Bréfritari: Lárus Bjarnason
Dagsetning: A-1875-10-12
Skrifað á: Vesturheimi

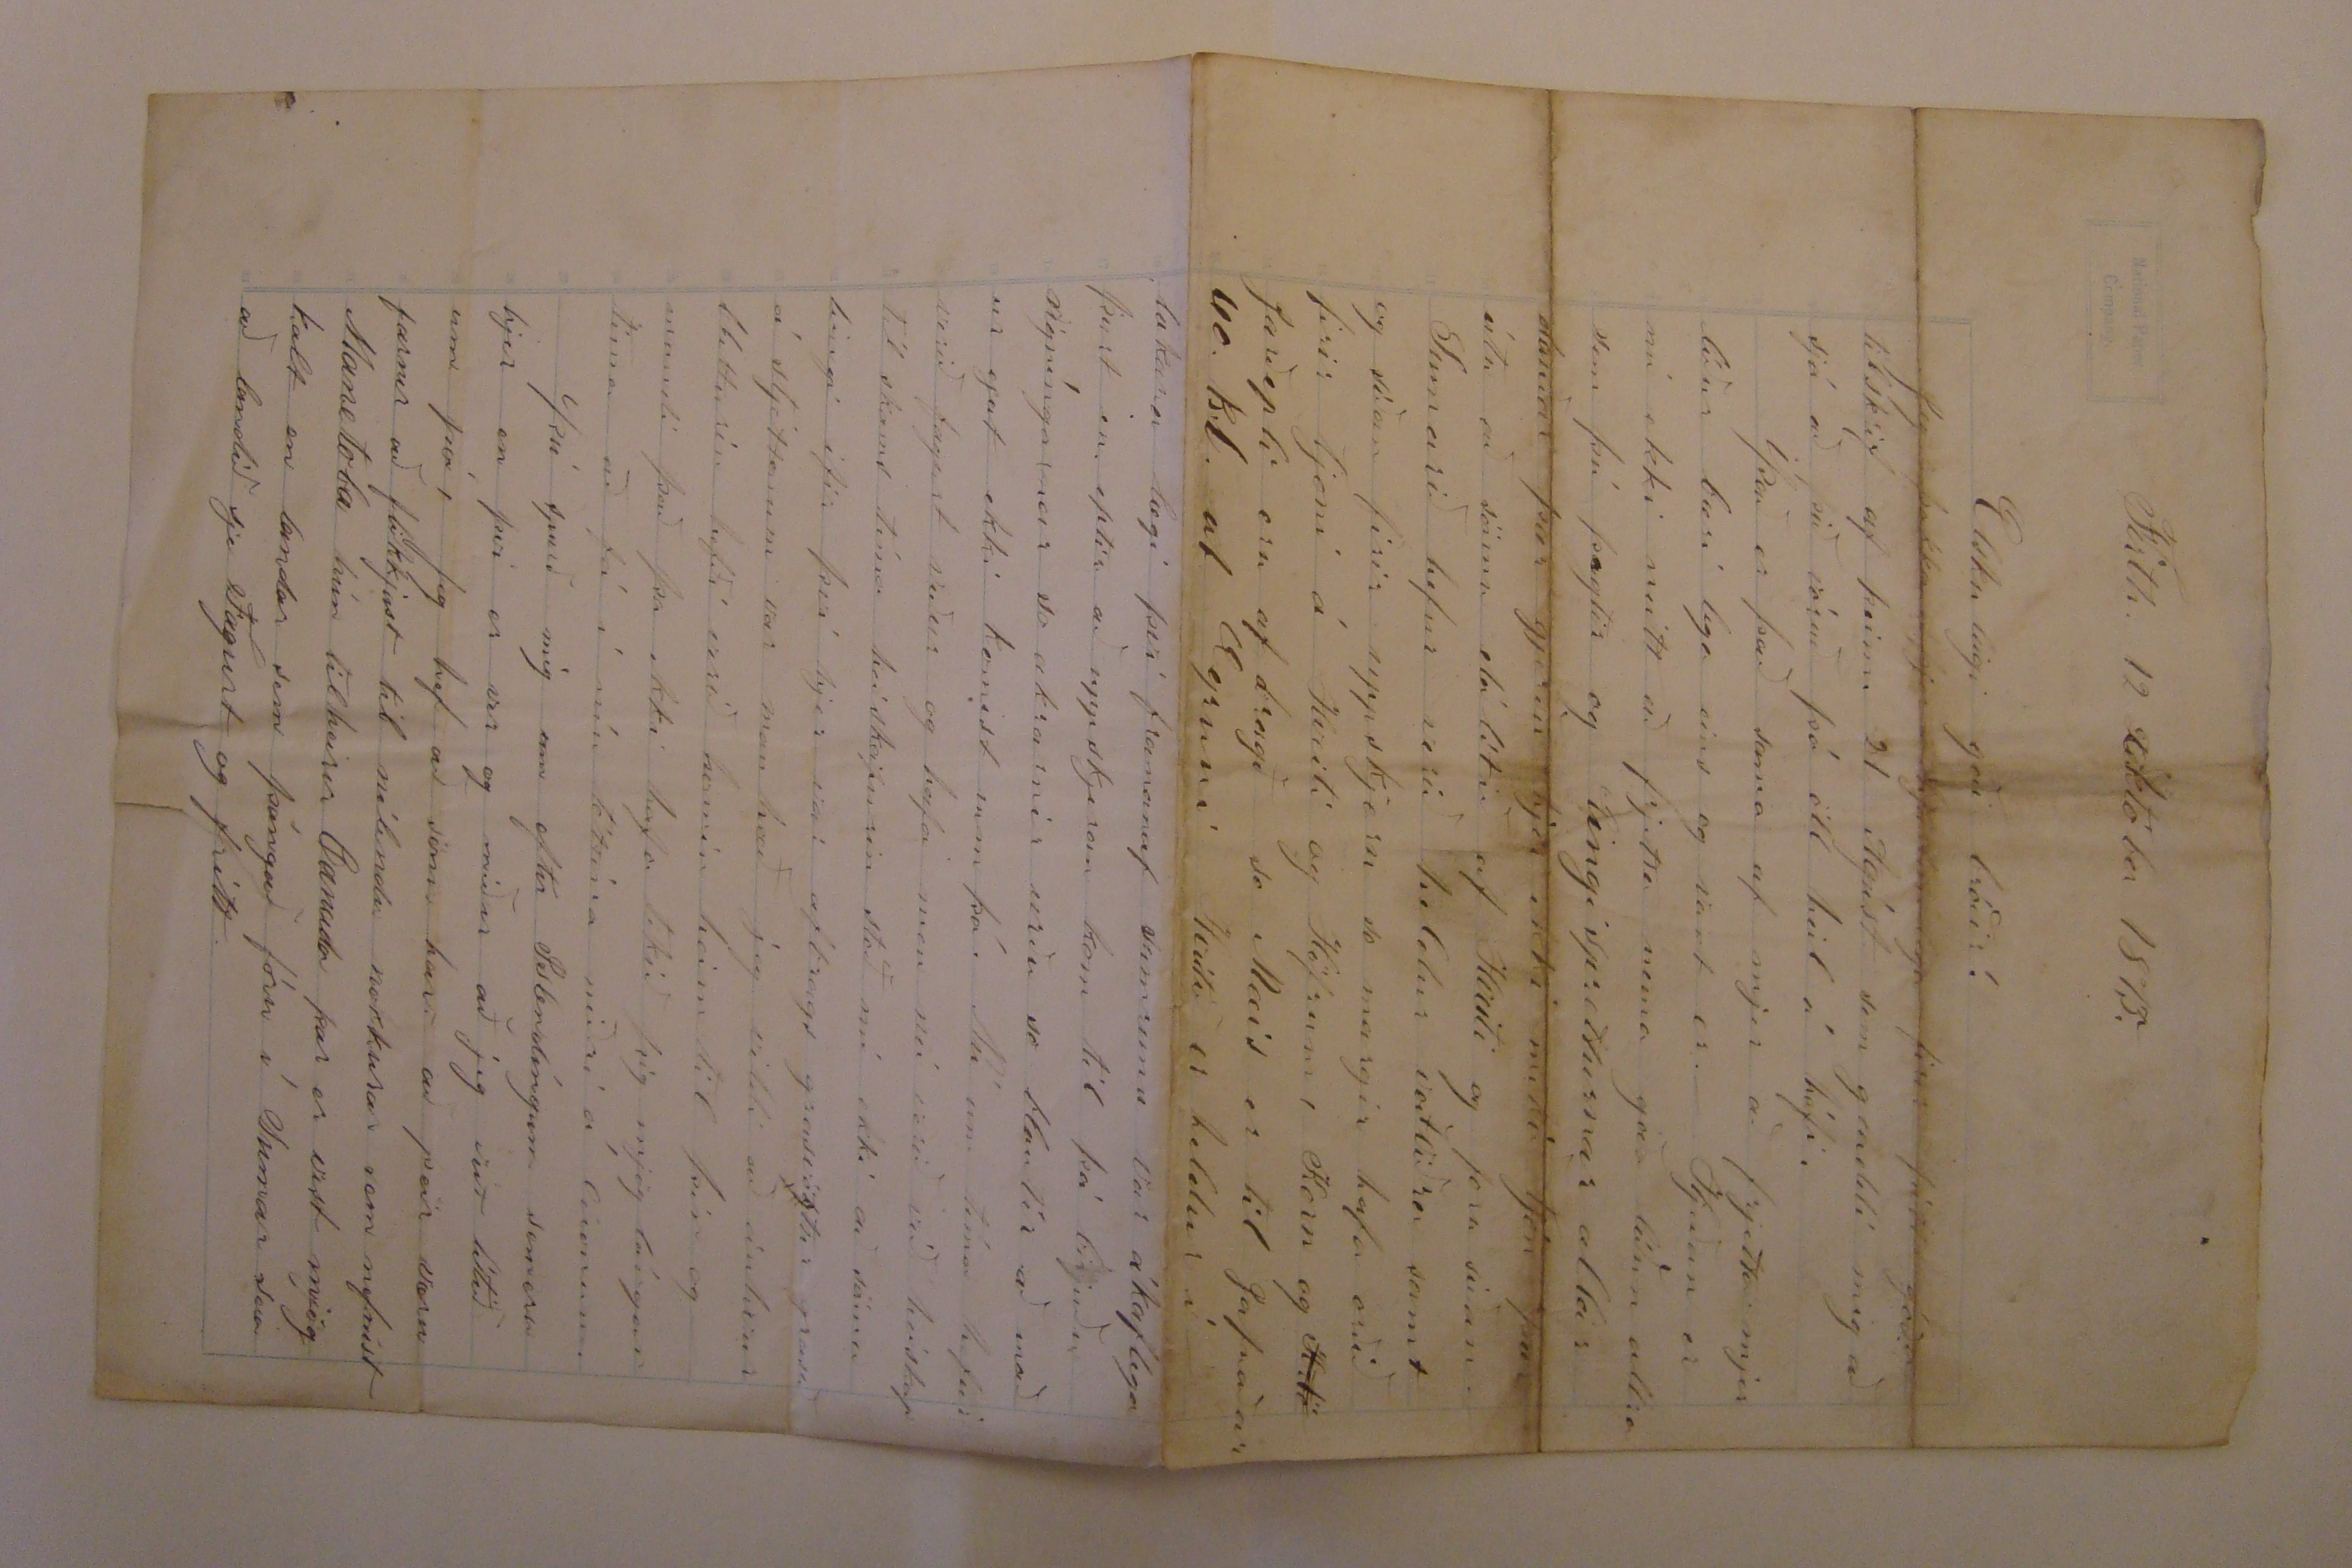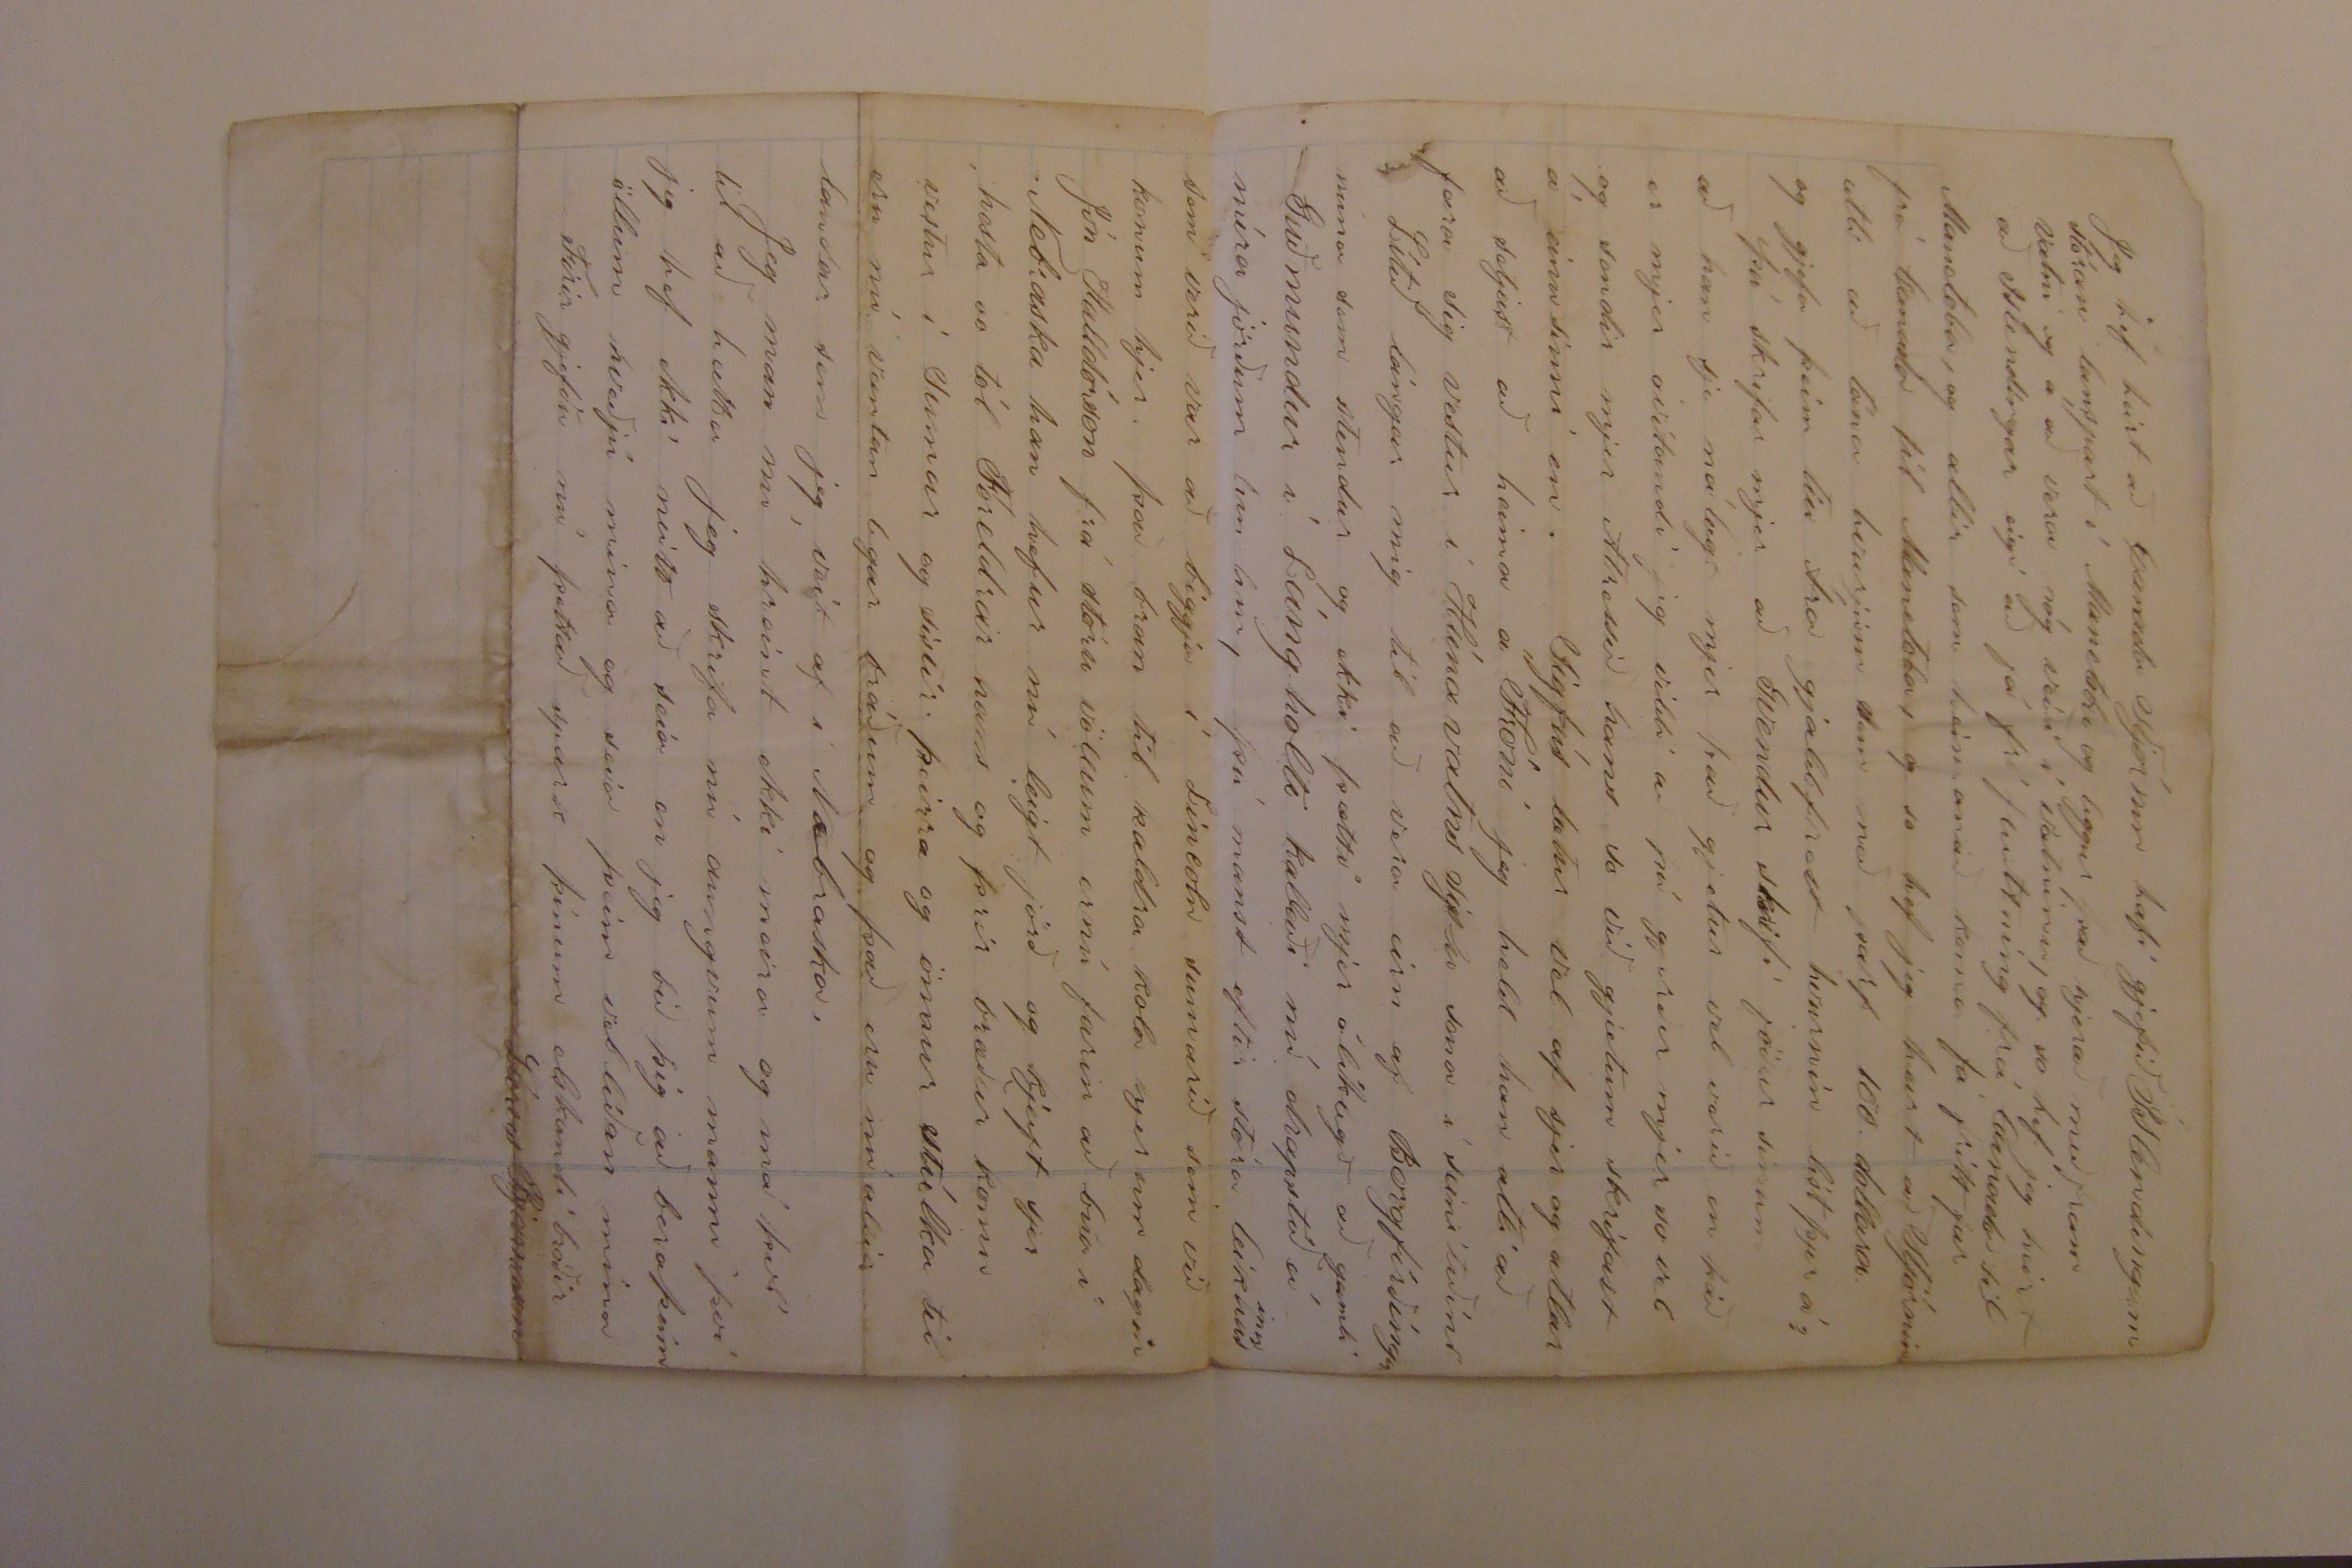

Firth 12 óktóber 1875.
Elskulegi góði bróðir!
Jeg þakka þjer hartanlega firir þitt góða tilskrif af þeim 21 Agúst sem gladdi mig að sjá að þið vóruð þá öll heil á húfi.
Það er það sama af mjer að frjetta mjer líður bæri lega eins og vant er. Hjeðan er nú ekki neitt að frjetta nema góða líðan allra sem þú þegtir og Eingispretturnar allar dauðar þær gjerðu hjer ekki mikið tjón þær átu að sömu dálítið af Hveiti og foru síðan. Sumarið hefur verið heldur votviðra samt og síðan firir uppskjeru so margir hafa orðið firir tjoni á Hveiti og Höfrum, Korn og
Krtö
Jarðepli eru af bragð so Mais er til Jafnaðar 40. k.l. af Egruni Hveiti er heldur í lakara lægi því framanaf sumrinu var ákaflega þurt en eptir að uppskjeran kom til þá birjuðu rigníngarnar so akrarnir urðu so blautir að maður gat ekki komist um þá. Nú um tíma hefur verið fagurt veður og hafa men nú verið við heiskap til skams tíma heiskapurin stóð nú ekki að sömu leingi ifir því hjer var afbrags grasvöxtur grasið á sljettonum var man hæð jeg vildi að einhvur bletturin hefði verið komin heim til þín og mundi það þa ekki hafa tekið þig mjög lángan tíma að fá í níu tóttina niðri á 000onum.
Þú spurð mig um eftir Islendíngum sem eru hjer en því er ver og miður að jeg veit lítið um þá, Jeg hef að sönu heirt að þeir væru farnir að flikkjast til nílendu nokkurar sem nefnist Manetoba hún tilheirir Canada þar er vist mjög kalt en landar sem þángað fóru í Sumar seia að landið sje Fagurt og frítt.
Jeg hef heirt að Canada Stjórnin hafi gjefið Islendingum stóran lanspart í Manetoba og liggur það hjerað meðfram vatni og á að vera nóg veiði í vatninu, og so hef jeg heirt að Islendingar eigi að fá frí fluttning frá Canada til Manetoba, og allir sem heimanað koma fá frítt far frá Canada til Manetoba, og so hef jeg heirt að Stjórnin atli að lána hvurjum sem með þarf 100. dollara og gjefa þeim tíu Ára gjaldfrest hvurnin líst þjer á?
þú skrifar mjer að Gvendur skrifi föður sinum að han sje nálægt mjer það gjetur vel verið en það er mjer óvitandi jeg vildi að þú gjerðir mjer so vel og sendir mjer Atressið hans so við gjetum skrifast á einu sinni en. Sigfús lætur vel af sjer og atlar að setjast að heima á Fróni jeg held han ætti að færa sig vestur í Húnavatns sýslu sona í seinitíðini
Lítið lángar mig til að vera eirn af Borgfirðingum núna sem stendur og ekki þætti mjer ólíklegt að gamli Guðmundur í Lángholti kallaði nú drapstíð á n0ra jörðum 000 000, þú manst eptir stóra leikhus
inu
sem verið var að biggja í Lincoln sumarið sem við komum hjer. það bran til kaldra kola hjer um dagin Jón Halldórsson frá stóru völlum ernú farin að búa í Nebraska han hefur nú leigt jörð og kjeipt sjer hesta so tól Foreldrar hans og þrír bræður komu vestur í sumar og sistir þeirra og önnur stúlka til eru nú væntan lega bráðum og það eru nú allir landar sem jeg veit af í Nebraska.
Jeg man nú hreint ekki meira og má því til að hætta jeg skrifa nú aungvum manni því jeg hef ekki neitt að seia en jeg bið þig að bera þeim öllum kveðju mína og seia þeim vellíðan mína
Firirgjefðu nú þettað spark þínum elskandi bróðir
Lárus Bjarnason